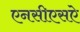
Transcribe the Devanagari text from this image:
एनसीएसऐ